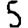
Digit: 5